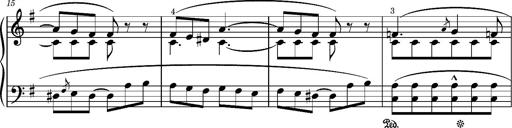
Title: Romance oubliÃ©e
Composer: Franz Liszt